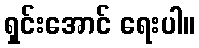
ရှင်းအောင် ရေးပါ။